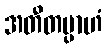
အတီတမ္ပာဟံ